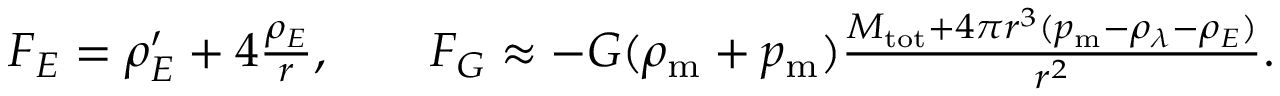
\begin{array} { r } { { \cal F } _ { E } = \rho _ { E } ^ { \prime } + 4 \frac { \rho _ { E } } { r } , \qquad { \cal F } _ { G } \approx - G ( \rho _ { \mathrm { m } } + p _ { \mathrm { m } } ) \frac { M _ { \mathrm { t o t } } + 4 \pi r ^ { 3 } ( p _ { \mathrm { m } } - \rho _ { \lambda } - \rho _ { E } ) } { r ^ { 2 } } . } \end{array}